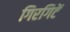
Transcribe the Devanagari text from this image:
गिरगिटें